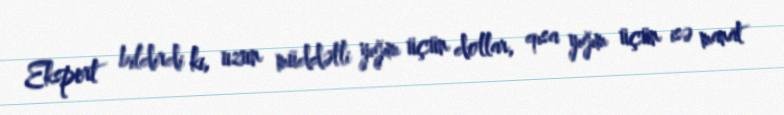
Ekspert bildirdi ki, uzun müddətli yığım üçün dollar, qısa yığım üçün isə manat